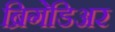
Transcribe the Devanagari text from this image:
ब्रिगेडिअर